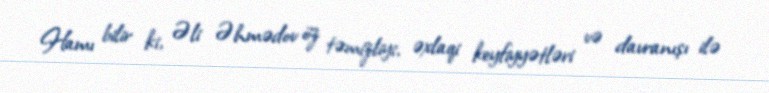
Hamı bilir ki, Əli Əhmədov öz təmizliyi, əxlaqi keyfiyyətləri və davranışı ilə